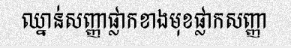
ឈ្នាន់សញ្ញាផ្លាកខាងមុខផ្លាកសញ្ញា